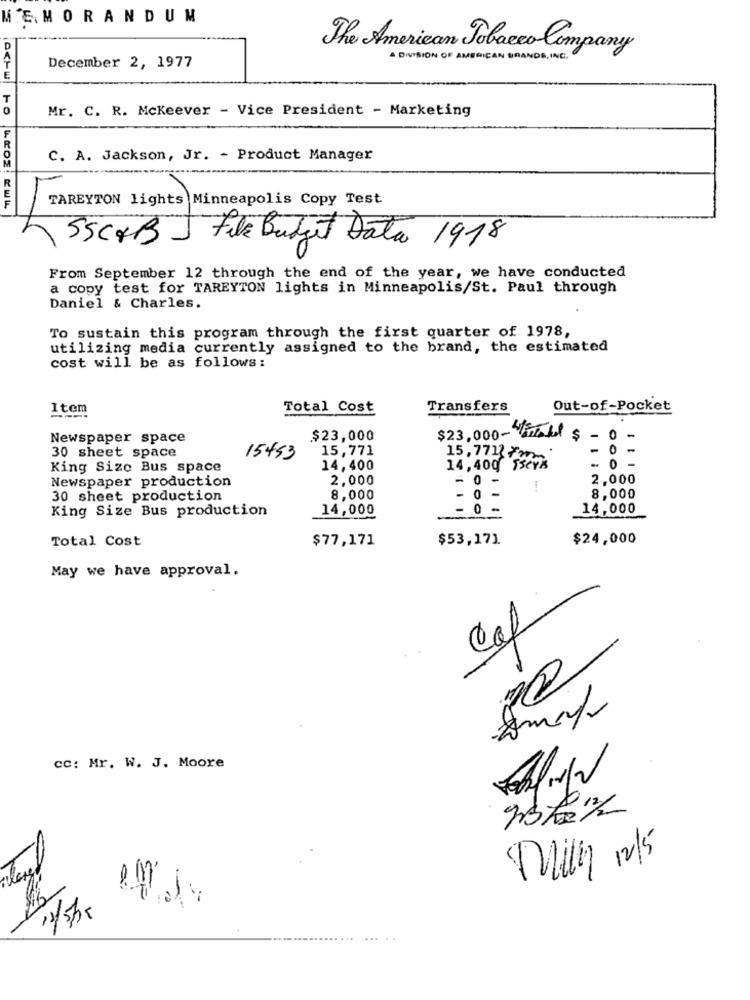
MEMORANDUM
The American Tobacco Company
A DIVISION OF AMERICAN BRANDS INC.
December 2, 1977
Mr. C. R. Mckeever - Vice President - Marketing
C. A. Jackson, Jr. - Product Manager
TAREYTON lights Minneapolis Copy Test
OCHU TO WEDE! EWL
Yrox Light)Mán
55CAB
File Budget Data 1918
From September 12 through the end of the year, we have conducted
a copy test for TAREYTON lights in Minneapolis/St. Paul through
Daniel & Charles.
To sustain this program through the first quarter of 1978,
utilizing media currently assigned to the brand, the estimated
cost will be as follows:
Item
Total Cost
Transfers
Out-of-Pocket
Newspaper space
$23,000
$23,000- Pintabul $
-
0
-
30 sheet space
15,771
0 -
15453
15,771 7
King Size Bus space
14,400
14,400 SSers
- 0 -
Newspaper production
2,000
- 0 -
2,000
-
-
30 sheet production
8,000
8,000
King Size Bus production
14,000
- 0 -
14,000
Total Cost
$77,171
$53,171
$24,000
May we have approval.
Caf
2may
cc: Mr. W. J. Moore
Milly 12/5
...